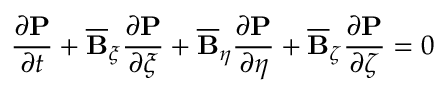
\frac { \partial \mathbf { P } } { \partial t } + \overline { { \mathbf { B } } } _ { \xi } \frac { \partial \mathbf { P } } { \partial \xi } + \overline { { \mathbf { B } } } _ { \eta } \frac { \partial \mathbf { P } } { \partial \eta } + \overline { { \mathbf { B } } } _ { \zeta } \frac { \partial \mathbf { P } } { \partial \zeta } = 0